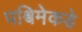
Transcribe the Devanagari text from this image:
पश्विमेकडे